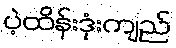
ပဲ့ထိန်းဒုံးကျည်